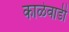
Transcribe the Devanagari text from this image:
काळेवाडी